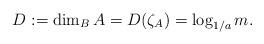
LaTeX: \begin{align*}D:=\dim_BA=D(\zeta_A)=\log_{1/a}m.\end{align*}